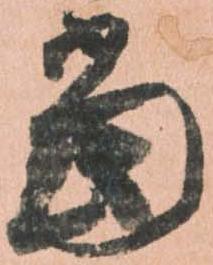
当